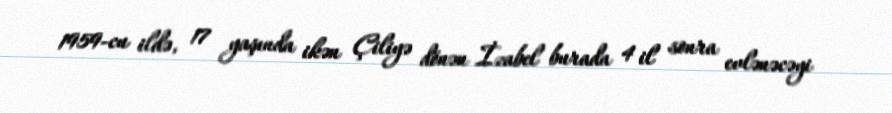
1959-cu ildə, 17 yaşında ikən Çiliyə dönən İzabel burada 4 il sonra evlənəcəyi